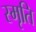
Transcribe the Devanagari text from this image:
स्‍मृति